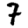
Digit: 7